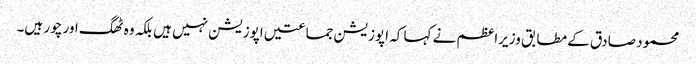
محمود صادق کے مطابق وزیراعظم نے کہا کہ اپوزیشن جماعتیں اپوزیشن نہیں ہیں بلکہ وہ ٹھگ اور چور ہیں۔